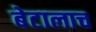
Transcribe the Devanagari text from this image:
बेटालाच